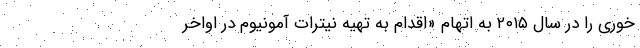
خوری را در سال ۲۰۱۵ به اتهام «اقدام به تهیه نیترات آمونیوم در اواخر